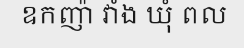
ឧកញ៉ា វាំង ឃុំ ពល